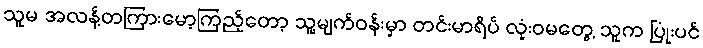
သူမ အလန့်တကြားမော့ကြည့်တော့ သူ့မျက်ဝန်းမှာ တင်းမာရိပ် လုံးဝမတွေ့ သူက ပြုံးပင်